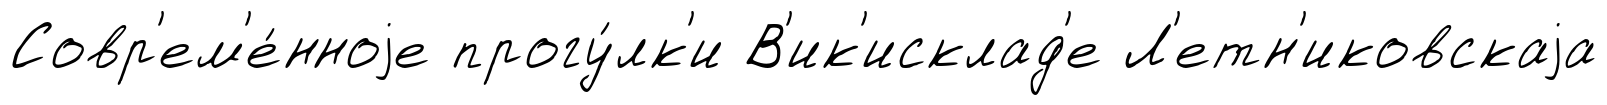
Совр'ем'е́нноjе прогу́лк'и В'ик'исклад'е Л'етн'иковскаjа